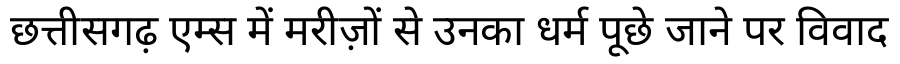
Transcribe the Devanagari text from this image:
छत्तीसगढ़ एम्स में मरीज़ों से उनका धर्म पूछे जाने पर विवाद